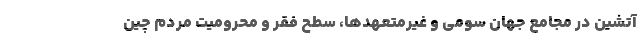
آتشین در مجامعِ جهانِ سومی و غیرمتعهدها، سطح فقر و محرومیت مردم چین